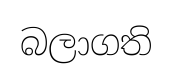
බලාගති